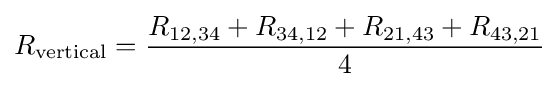
R_{\text{vertical}}={\frac {R_{12,34}+R_{34,12}+R_{21,43}+R_{43,21}}{4}}